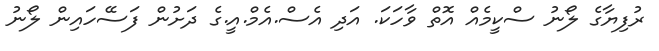
ރުފިޔާގެ ލޯނު ސްކީމެއް އޮތް ވާހަކަ. އަދި އެސް.އެމް.އީ.ގެ ދަށުން ފަސޭހައިން ލޯނު